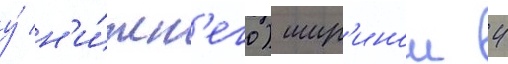
у́ н'и́жн'его) шир'инои 4